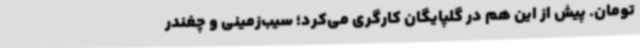
تومان. پیش از این هم در گلپایگان کارگری می‌کرد؛ سیب‌زمینی و چغندر